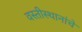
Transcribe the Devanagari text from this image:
वस्तीस्थानांचे